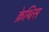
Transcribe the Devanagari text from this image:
क्रेथिस